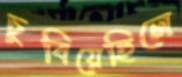
চুবিয়েছিলে